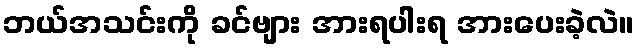
ဘယ်အသင်းကို ခင်ဗျား အားရပါးရ အားပေးခဲ့လဲ။